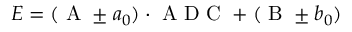
E = ( \textnormal { A } \pm a _ { 0 } ) \cdot \textnormal { A D C } + ( \textnormal { B } \pm b _ { 0 } )